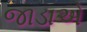
જાડાએ